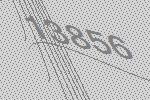
13856